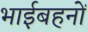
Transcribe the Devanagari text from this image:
भाईबहनों